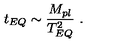
t _ { E Q } \sim \frac { M _ { p l } } { T _ { E Q } ^ { 2 } } \ .